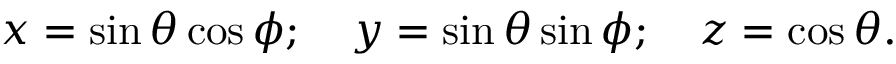
x = \sin \theta \cos \phi ; \quad y = \sin \theta \sin \phi ; \quad z = \cos \theta .